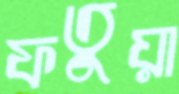
ফতুয়া